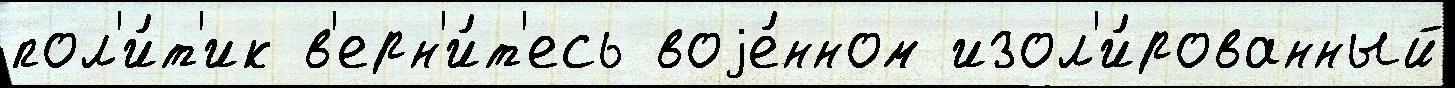
пол'и́т'ик в'ерн'и́т'есь воjе́нном изол'и́рованный